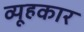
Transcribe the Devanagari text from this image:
व्यूहकार